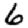
Digit: 6